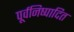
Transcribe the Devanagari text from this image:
पूर्वनिष्पादित